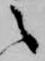
之